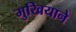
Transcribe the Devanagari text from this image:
मुखियाने